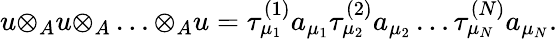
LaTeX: u{\otimes}_{A}u{\otimes}_{A}\ldots{\otimes}_{A}u={\tau}_{{\mu}_{1}}^{(1)}a_{{\mu}_{1}}{\tau}_{{\mu}_{2}}^{(2)}a_{{\mu}_{2}}\ldots{\tau}_{{\mu}_{N}}^{(N)}a_{{\mu}_{N}}.